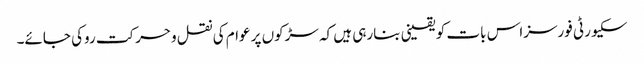
سکیورٹی فورسزاس بات کو یقینی بنارہی ہیں کہ سڑکوں پر عوام کی نقل وحرکت روکی جائے۔